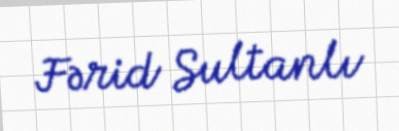
Fərid Sultanlı